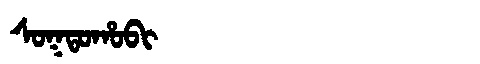
Manchu: ᠰᠣᡴᡨᠣᡥᠣᠪᡳ
Romanization: SOKTOHOBI